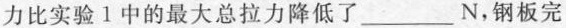
力比实验1中的最大总拉力降低了___N，钢板完